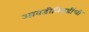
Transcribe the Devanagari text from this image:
आवडीनिवडींची